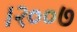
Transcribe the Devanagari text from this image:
।२००७